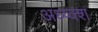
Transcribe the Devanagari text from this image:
अध्य्क्श